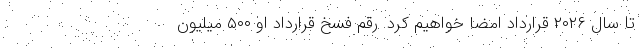
تا سال ۲۰۲۶ قرارداد امضا خواهیم کرد. رقم فسخ قرارداد او ۵۰۰ میلیون